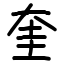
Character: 奎